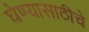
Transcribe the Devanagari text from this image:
घेण्यासाठीचे